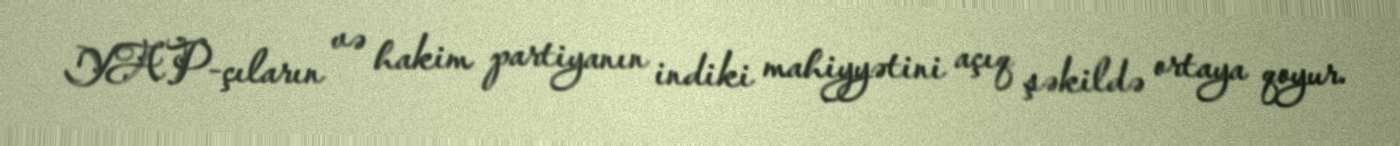
YAP-çıların və hakim partiyanın indiki mahiyyətini açıq şəkildə ortaya qoyur.